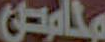
محامصن